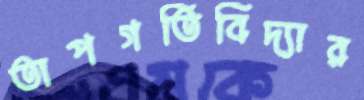
তাপগতিবিদ্যার